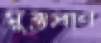
মুক্তপ্রাণ